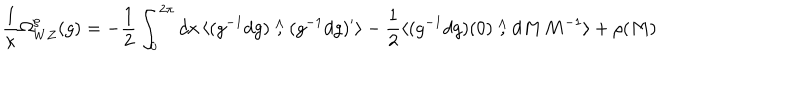
\frac { 1 } { \kappa } \Omega _ { W Z } ^ { \rho } ( g ) = - \frac { 1 } { 2 } \int _ { 0 } ^ { 2 \pi } d x \, \langle ( g ^ { - 1 } d g ) \stackrel { \wedge } { , } ( g ^ { - 1 } d g ) ^ { \prime } \rangle - \frac { 1 } { 2 } \langle ( g ^ { - 1 } d g ) ( 0 ) \stackrel { \wedge } { , } d M { \scriptstyle \, } M ^ { - 1 } \rangle + \rho ( M )